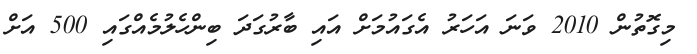
މިގޮތުން 2010 ވަނަ އަހަރު އެގައުމަށް އައި ބާރުގަދަ ބިންހެލުމެއްގައި 500 އަށް